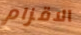
الاقزام